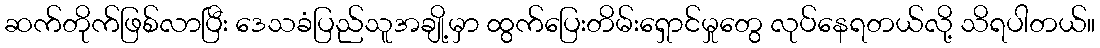
ဆက်တိုက်ဖြစ်လာပြီး ဒေသခံပြည်သူအချို့မှာ ထွက်ပြေးတိမ်းရှောင်မှုတွေ လုပ်နေရတယ်လို့ သိရပါတယ်။